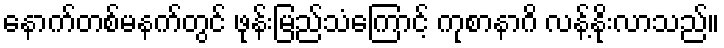
နောက်တစ်မနက်တွင် ဖုန်းမြည်သံကြောင့် ကုစာနာဂိ လန့်နိုးလာသည်။